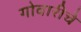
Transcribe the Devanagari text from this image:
गोवारीचे